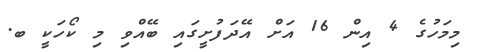
މިމަހުގެ 4 އިން 16 އަށް އޭދަފުށީގައި ބޭޭއްވި މި ކޯހަކީ ބ.